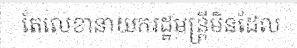
តែលេខានាយករដ្ឋមន្ត្រីមិនដែល